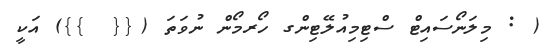
( : މިލަނޯސައިޓް ސްޓިމިއުލޭޓިންގ ހޯރމޯން ނުވަތަ ({{  }}) އަކީ